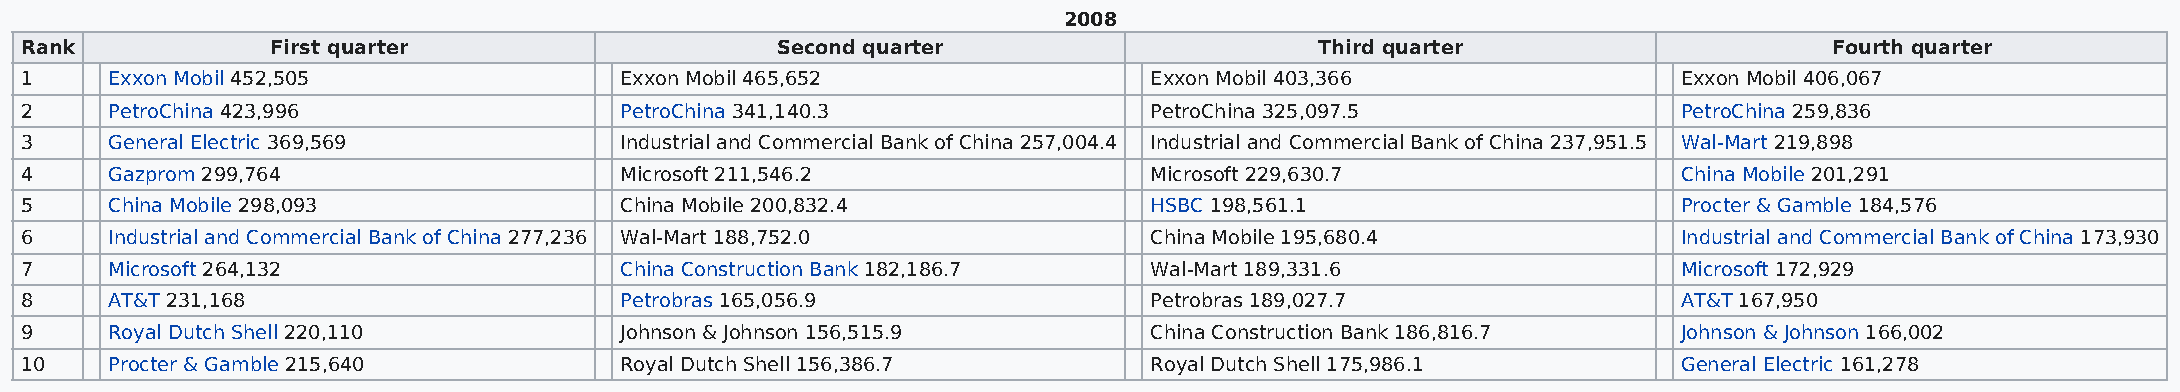
2008
 Rank             First quarter                    Second quarter                      Third quarter                     Fourth quarter
 1     Exxon Mobil 452,505               Exxon Mobil 465,652                Exxon Mobil 403,366                Exxon Mobil 406,067
 2     PetroChina 423,996                PetroChina 341,140.3               PetroChina 325,097.5               PetroChina 259,836
 3     General Electric 369,569          Industrial and Commercial Bank of China 257,004.4 Industrial and Commercial Bank of China 237,951.5 Wal-Mart 219,898
 4     Gazprom 299,764                   Microsoft 211,546.2                Microsoft 229,630.7                China Mobile 201,291
 5     China Mobile 298,093              China Mobile 200,832.4             HSBC 198,561.1                     Procter & Gamble 184,576
 6     Industrial and Commercial Bank of China 277,236 Wal-Mart 188,752.0   China Mobile 195,680.4             Industrial and Commercial Bank of China 173,930
 7     Microsoft 264,132                 China Construction Bank 182,186.7  Wal-Mart 189,331.6                 Microsoft 172,929
 8     AT&T 231,168                      Petrobras 165,056.9                Petrobras 189,027.7                AT&T 167,950
 9     Royal Dutch Shell 220,110         Johnson & Johnson 156,515.9        China Construction Bank 186,816.7  Johnson & Johnson 166,002
 10    Procter & Gamble 215,640          Royal Dutch Shell 156,386.7        Royal Dutch Shell 175,986.1        General Electric 161,278